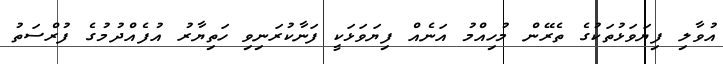
އުވާލި ފިޔަވަޅުތަކުގެ ތެރޭން މުހިއްމު އަނެއް ފިޔަވަޅަކީ ފަނާކުރަނިވި ހަތިޔާރު އުފެއްދުމުގެ ފުރްސަތު